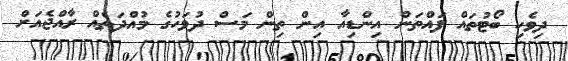
ދިވެހި ބޯޓުތައް ފައްތަން އިންޑިއާ އިން ތިން މަސް ދުވަހުގެ މުއްދަތެއް ރާއްޖެއަަށް